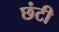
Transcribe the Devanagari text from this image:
छंटी